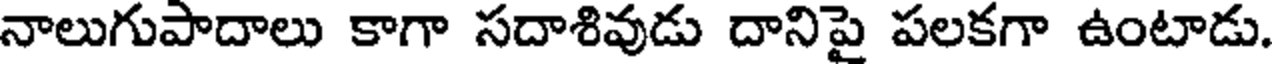
నాలుగుపాదాలు కాగా సదాశివుడు దానిపై పలకగా ఉంటాడు.